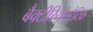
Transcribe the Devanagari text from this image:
बैक्टीरियोस्टैटिक